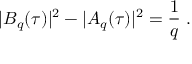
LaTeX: | B _ { q } ( \tau ) | ^ { 2 } - | A _ { q } ( \tau ) | ^ { 2 } = { \frac { 1 } { q } } \; .